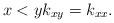
LaTeX: \begin{align*}x<yk_{xy}=k_{xx}. \end{align*}